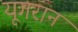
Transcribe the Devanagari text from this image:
यूगरान